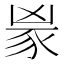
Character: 𬤼